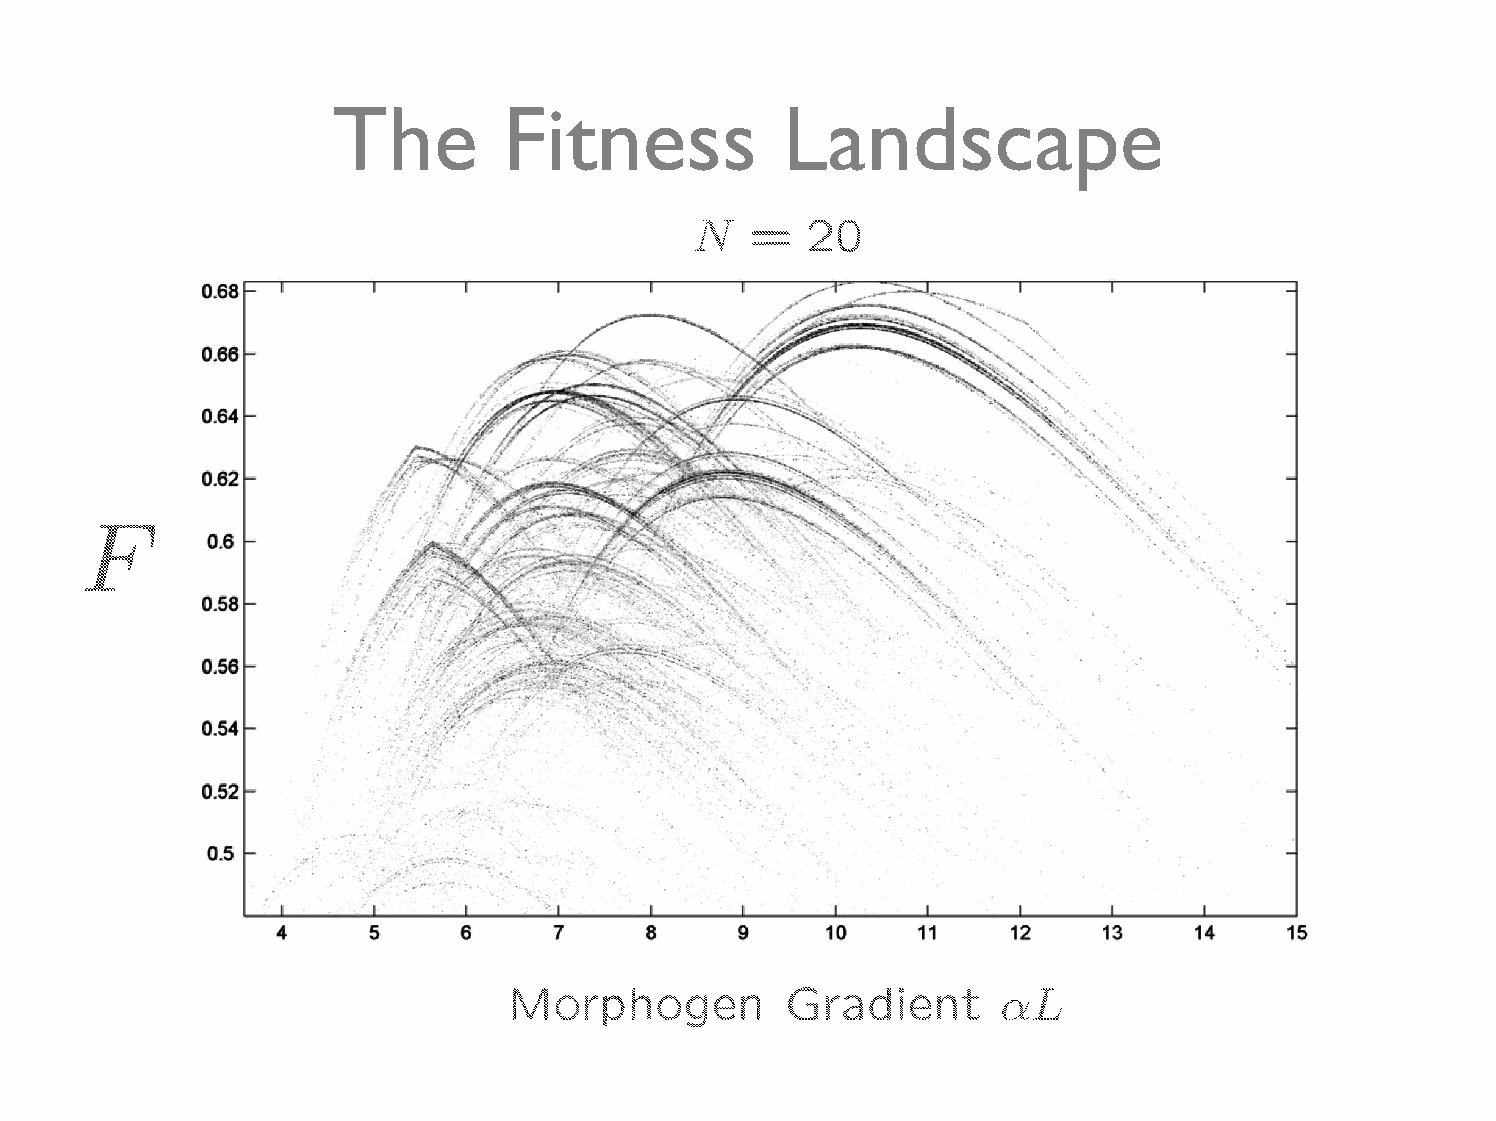
The        Fitness            Landscape